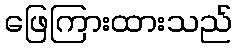
ဖြေကြားထားသည်